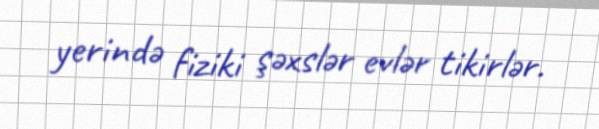
yerində fiziki şəxslər evlər tikirlər.